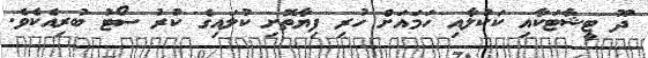
ދޫ ޓީޝާޓަކާއި ކަކުލާއި ހަމައަށް ހުރި ފިޔާތޮށި ކުލައިގެ ކުރު ސޯޓު ބުރިއެކެވެ.